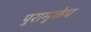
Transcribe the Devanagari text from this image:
पुरामुळेच